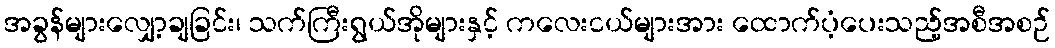
အခွန်များလျှော့ချခြင်း၊ သက်ကြီးရွယ်အိုများနှင့် ကလေးငယ်များအား ထောက်ပံ့ပေးသည့်အစီအစဉ်